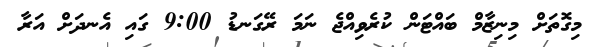
މިގޮތަށް މިނިޒާމް ބައްޓަން ކުރެވިއްޖެ ނަމަ ރޭގަނޑު 9:00 ގައި އެނދަށް އަރާ